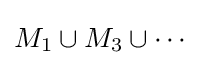
M_{1}\cup M_{3}\cup \cdots